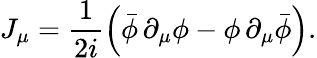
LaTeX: J_{\mu}=\frac{1}{2i}\left(\bar{\phi}\, \partial_{\mu}\phi-\phi\, \partial_{\mu}\bar{\phi}\right).